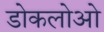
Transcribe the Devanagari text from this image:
डोकलोओ